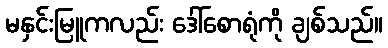
မနှင်းမြူကလည်း ဒေါ်စောရုံကို ချစ်သည်။